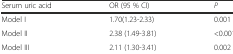
<table><thead><tr><td><b>Serum uric acid</b></td><td><b>OR (95 % CI)</b></td><td><b><i>P</i></b></td></tr></thead><tbody><tr><td>Model I</td><td>1.70(1.23-2.33)</td><td>0.001</td></tr><tr><td>Model II</td><td>2.38 (1.49-3.81)</td><td>&lt;0.001</td></tr><tr><td>Model III</td><td>2.11 (1.30-3.41)</td><td>0.002</td></tr></tbody></table>